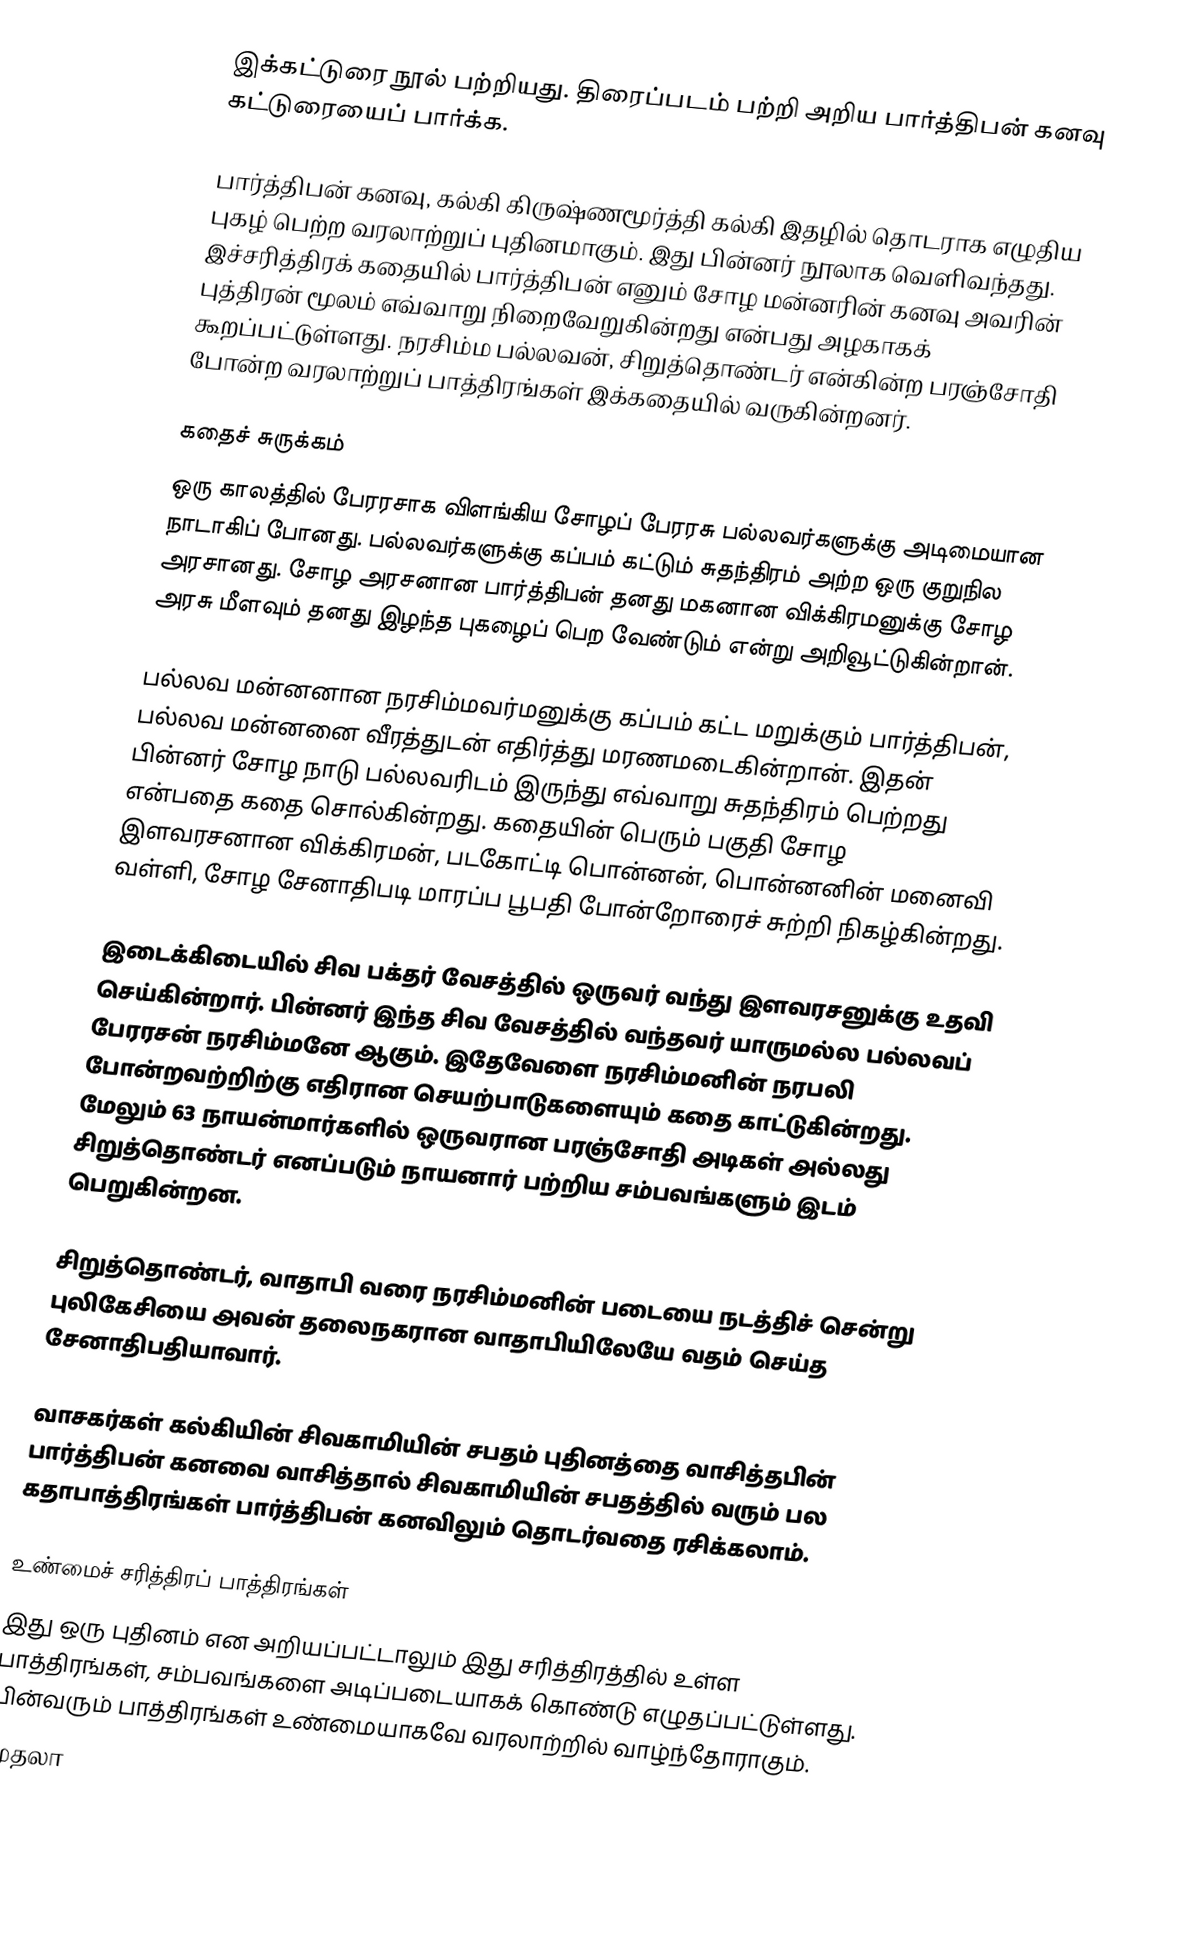
இக்கட்டுரை நூல் பற்றியது. திரைப்படம் பற்றி அறிய பார்த்திபன் கனவு கட்டுரையைப் பார்க்க.

பார்த்திபன் கனவு, கல்கி கிருஷ்ணமூர்த்தி கல்கி இதழில் தொடராக எழுதிய புகழ் பெற்ற வரலாற்றுப் புதினமாகும். இது பின்னர் நூலாக வெளிவந்தது. இச்சரித்திரக் கதையில் பார்த்திபன் எனும் சோழ மன்னரின் கனவு அவரின் புத்திரன் மூலம் எவ்வாறு நிறைவேறுகின்றது என்பது அழகாகக் கூறப்பட்டுள்ளது. நரசிம்ம பல்லவன், சிறுத்தொண்டர் என்கின்ற பரஞ்சோதி போன்ற வரலாற்றுப் பாத்திரங்கள் இக்கதையில் வருகின்றனர்.

கதைச் சுருக்கம்
ஒரு காலத்தில் பேரரசாக விளங்கிய சோழப் பேரரசு பல்லவர்களுக்கு அடிமையான நாடாகிப் போனது. பல்லவர்களுக்கு கப்பம் கட்டும் சுதந்திரம் அற்ற ஒரு குறுநில அரசானது. சோழ அரசனான பார்த்திபன் தனது மகனான விக்கிரமனுக்கு சோழ அரசு மீளவும் தனது இழந்த புகழைப் பெற வேண்டும் என்று அறிவூட்டுகின்றான்.

பல்லவ மன்னனான நரசிம்மவர்மனுக்கு கப்பம் கட்ட மறுக்கும் பார்த்திபன், பல்லவ மன்னனை வீரத்துடன் எதிர்த்து மரணமடைகின்றான். இதன் பின்னர் சோழ நாடு பல்லவரிடம் இருந்து எவ்வாறு சுதந்திரம் பெற்றது என்பதை கதை சொல்கின்றது. கதையின் பெரும் பகுதி சோழ இளவரசனான விக்கிரமன், படகோட்டி பொன்னன், பொன்னனின் மனைவி வள்ளி, சோழ சேனாதிபடி மாரப்ப பூபதி போன்றோரைச் சுற்றி நிகழ்கின்றது.

இடைக்கிடையில் சிவ பக்தர் வேசத்தில் ஒருவர் வந்து இளவரசனுக்கு உதவி செய்கின்றார். பின்னர் இந்த சிவ வேசத்தில் வந்தவர் யாருமல்ல பல்லவப் பேரரசன் நரசிம்மனே ஆகும். இதேவேளை நரசிம்மனின் நரபலி போன்றவற்றிற்கு எதிரான செயற்பாடுகளையும் கதை காட்டுகின்றது. மேலும் 63 நாயன்மார்களில் ஒருவரான பரஞ்சோதி அடிகள் அல்லது சிறுத்தொண்டர் எனப்படும் நாயனார் பற்றிய சம்பவங்களும் இடம் பெறுகின்றன.

சிறுத்தொண்டர், வாதாபி வரை நரசிம்மனின் படையை நடத்திச் சென்று புலிகேசியை அவன் தலைநகரான வாதாபியிலேயே வதம் செய்த சேனாதிபதியாவார்.

வாசகர்கள் கல்கியின் சிவகாமியின் சபதம் புதினத்தை வாசித்தபின் பார்த்திபன் கனவை வாசித்தால் சிவகாமியின் சபதத்தில் வரும் பல கதாபாத்திரங்கள் பார்த்திபன் கனவிலும் தொடர்வதை ரசிக்கலாம்.

உண்மைச் சரித்திரப் பாத்திரங்கள்
இது ஒரு புதினம் என அறியப்பட்டாலும் இது சரித்திரத்தில் உள்ள பாத்திரங்கள், சம்பவங்களை அடிப்படையாகக் கொண்டு எழுதப்பட்டுள்ளது. பின்வரும் பாத்திரங்கள் உண்மையாகவே வரலாற்றில் வாழ்ந்தோராகும்.
முதலா